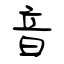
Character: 音